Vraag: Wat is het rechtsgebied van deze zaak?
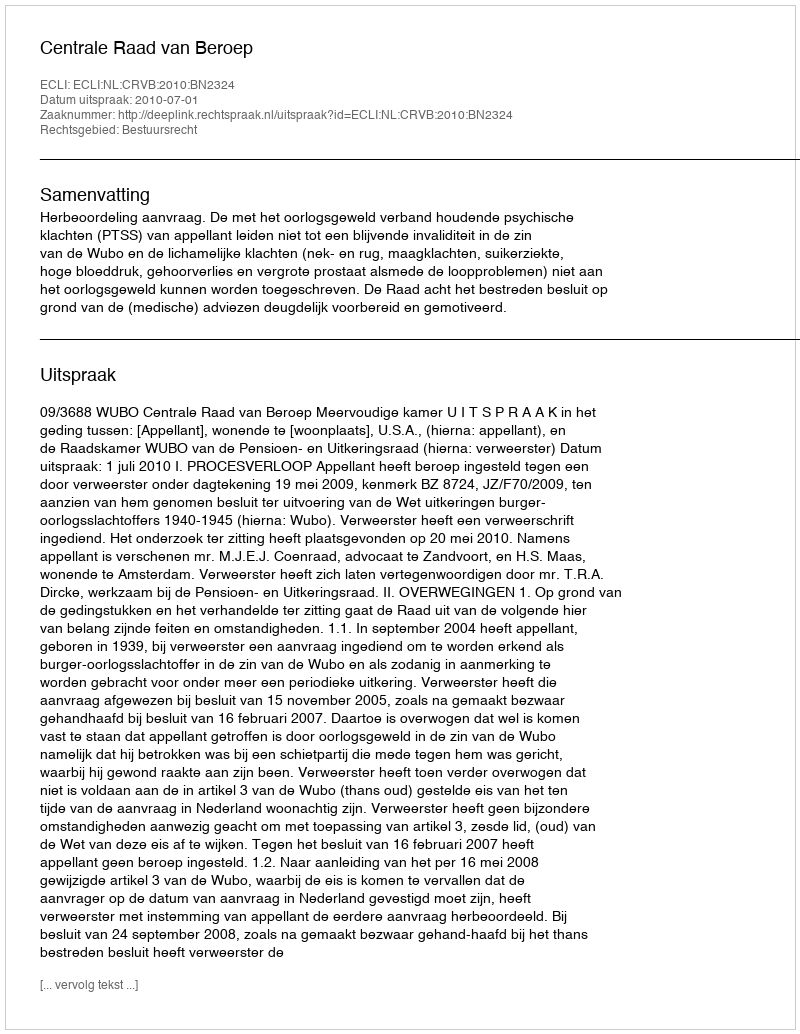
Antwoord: Bestuursrecht